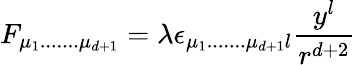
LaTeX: F_{\mu_{1}.......\mu_{d+1}}=\lambda\epsilon_{\mu_{1}.......\mu_{d+1}l}\frac{y^{l}}{r^{d+2}}